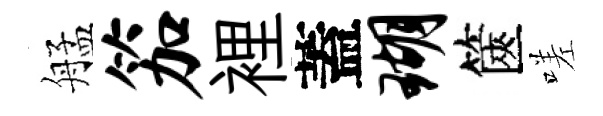
艋笳裡蓋瑚篋嗟